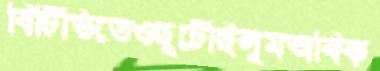
বিটিভিতেওছুটেছিলুমঅবিক